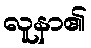
လူနာ၏